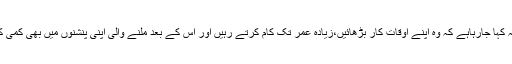
محنت کشوں سے یہ کہا جارہاہے کہ وہ اپنے اوقات کار بڑھائیں،زیادہ عمر تک کام کرتے رہیں اور اس کے بعد ملنے والی اپنی پنشنوں میں بھی کمی کو بھی قبول کرلیں ۔